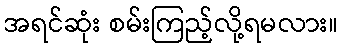
အရင်ဆုံး စမ်းကြည့်လို့ရမလား။